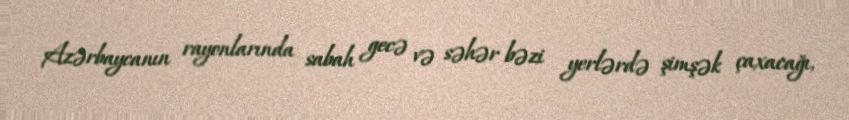
Azərbaycanın rayonlarında sabah gecə və səhər bəzi yerlərdə şimşək çaxacağı,